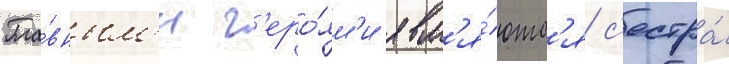
Гла́вным'и г'еро́ям'и явл'я́ютс'я с'естра́